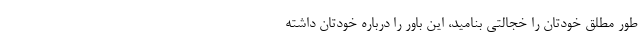
طور مطلق خودتان را خجالتی بنامید، این باور را درباره خودتان داشته